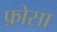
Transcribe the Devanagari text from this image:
फ़ोसा